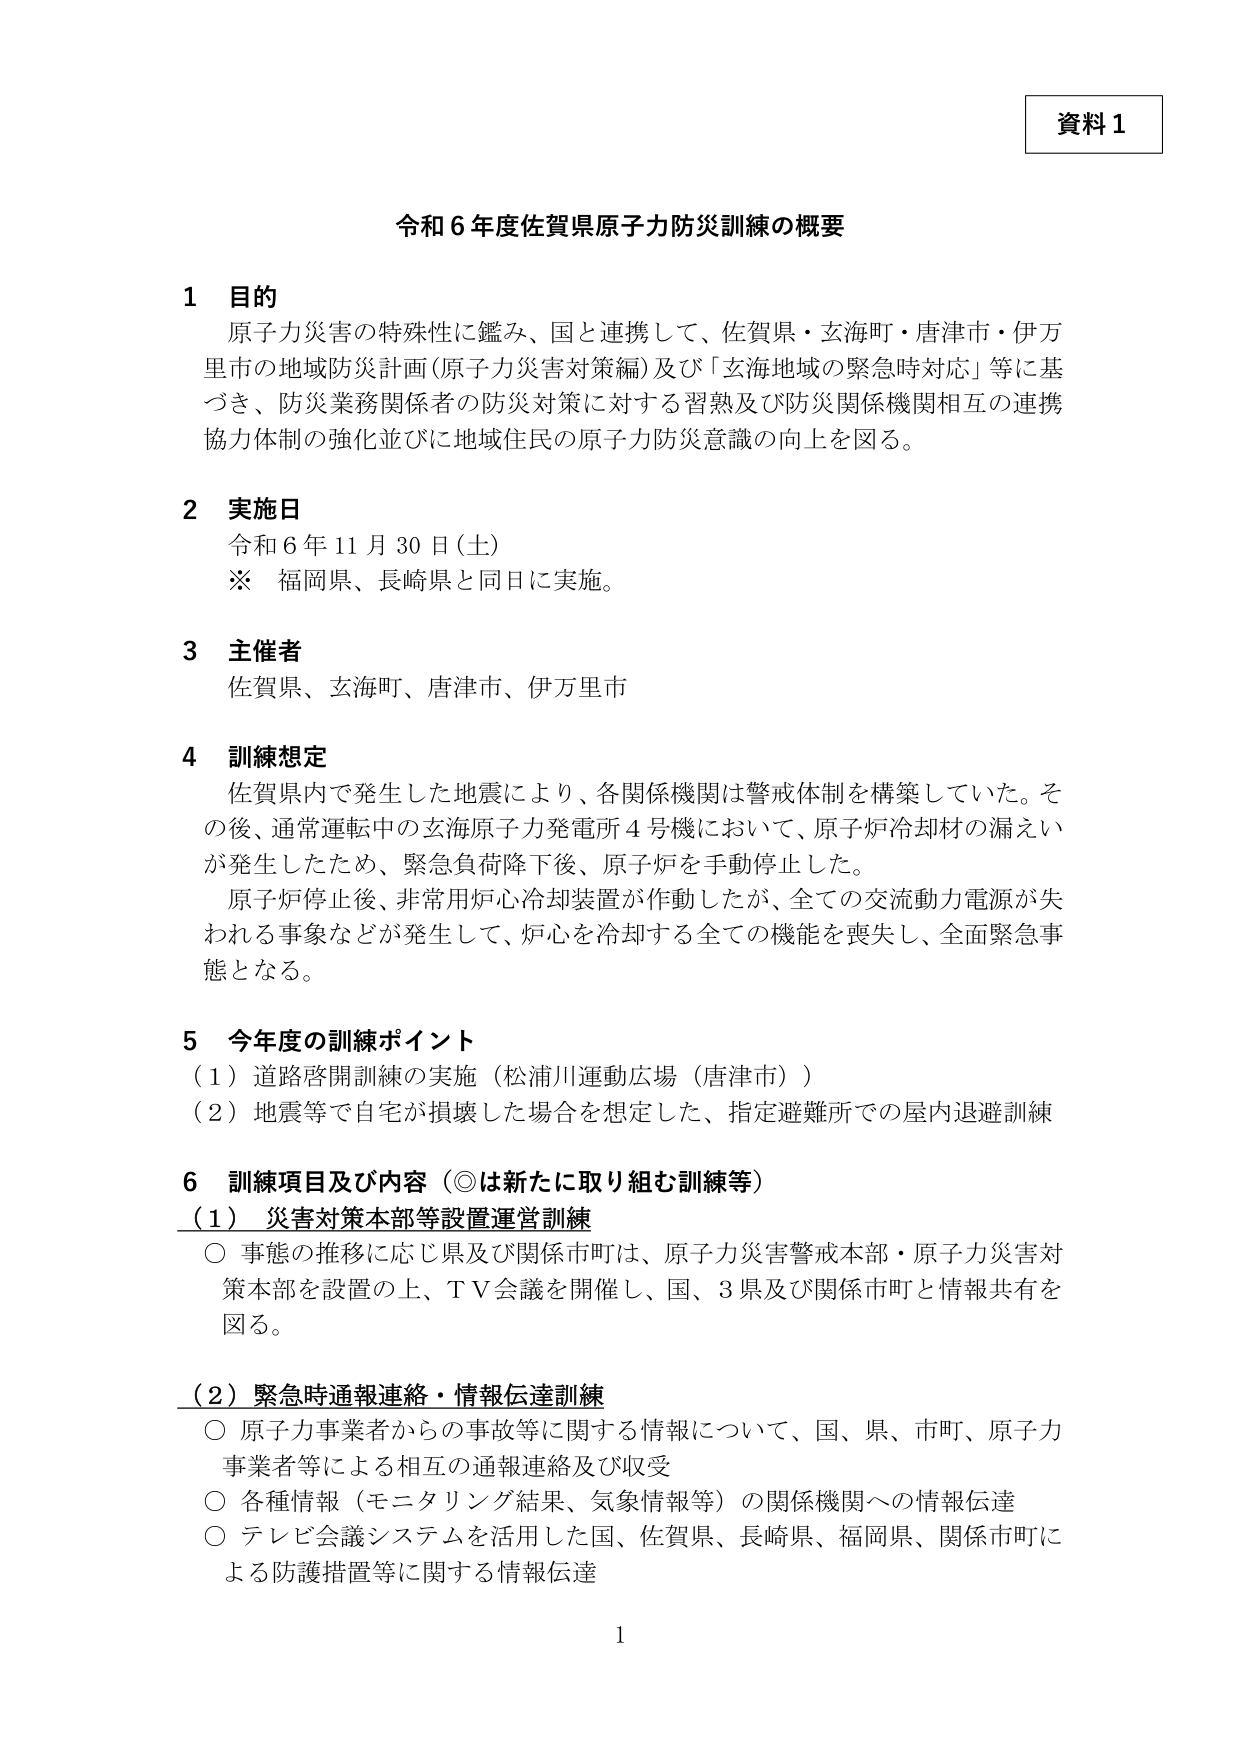
資料１

令和６年度佐賀県原子力防災訓練の概要

１ 目的
原子力災害の特殊性に鑑み、国と連携して、佐賀県・玄海町・唐津市・伊万里市の地域防災計画（原子力災害対策編）及び「玄海地域の緊急時対応」等に基づき、防災業務関係者の防災対策に対する習熟及び防災関係機関相互の連携協力体制の強化並びに地域住民の原子力防災意識の向上を図る。

２ 実施日
令和６年１１月３０日（土）
※ 福岡県、長崎県と同日に実施。

３ 主催者
佐賀県、玄海町、唐津市、伊万里市

４ 訓練想定
佐賀県内で発生した地震により、各関係機関は警戒体制を構築していた。その後、通常運転中の玄海原子力発電所４号機において、原子炉冷却材の漏えいが発生したため、緊急負荷降下後、原子炉を手動停止した。
原子炉停止後、非常用炉心冷却装置が作動したが、全ての交流動力電源が失われる事象などが発生して、炉心を冷却する全ての機能を喪失し、全面緊急事態となる。

５ 今年度の訓練ポイント
（１）道路啓開訓練の実施（松浦川運動広場（唐津市））
（２）地震等で自宅が損壊した場合を想定した、指定避難所での屋内退避訓練

６ 訓練項目及び内容（◎は新たに取り組む訓練等）
（１）災害対策本部等設置運営訓練
○ 事態の推移に応じ県及び関係市町は、原子力災害警戒本部・原子力災害対策本部を設置の上、ＴＶ会議を開催し、国、３県及び関係市町と情報共有を図る。

（２）緊急時通報連絡・情報伝達訓練
○ 原子力事業者からの事故等に関する情報について、国、県、市町、原子力事業者等による相互の通報連絡及び収受
○ 各種情報（モニタリング結果、気象情報等）の関係機関への情報伝達
○ テレビ会議システムを活用した国、佐賀県、長崎県、福岡県、関係市町による防護措置等に関する情報伝達

１